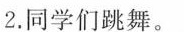
2.同学们跳舞。